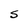
Character: S